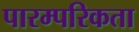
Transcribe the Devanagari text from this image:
पारम्परिकता